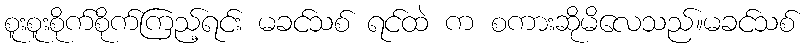
စူးစူးစိုက်စိုက်ကြည့်ရင်း မခင်သစ် ရင်ထဲ က စကားဆိုမိလေသည်။မခင်သစ်